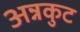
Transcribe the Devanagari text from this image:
अन्नकुट